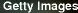
getty Images